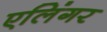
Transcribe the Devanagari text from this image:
एलिंगर